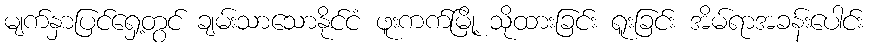
မျက်နှာပြင်ရှေ့တွင် ချမ်းသာသောနိုင်ငံ ဖူးကက်မြို့ သိုထားခြင်း ရူးခြင်း အိမ်ရာအခန်းပေါင်း